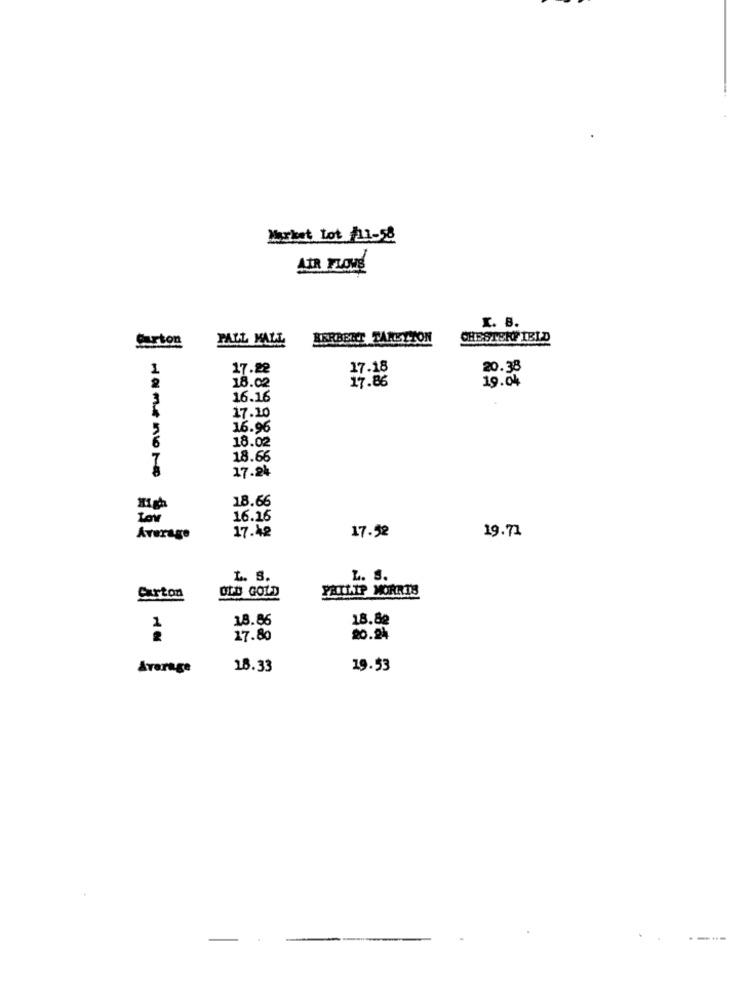
Market Lot /11-58
LIR FLOWS
r. 8.
Carton
PALL MALL
HERBERT TARETTON
CHESTERFIELD
1
17.28
17.18
20.38
2
18.02
19.04
16.16
17.10
5
16.96
6
18.02
18.66
17.24
18.66
Lov
16.16
17.42
Average
17.52
19.71
L. S.
L. S.
Carton
PHILIP MORRIS
OLD GOLD
18.86
18.82
1
17.80
20.24
Average
18.33
19.53
.
----